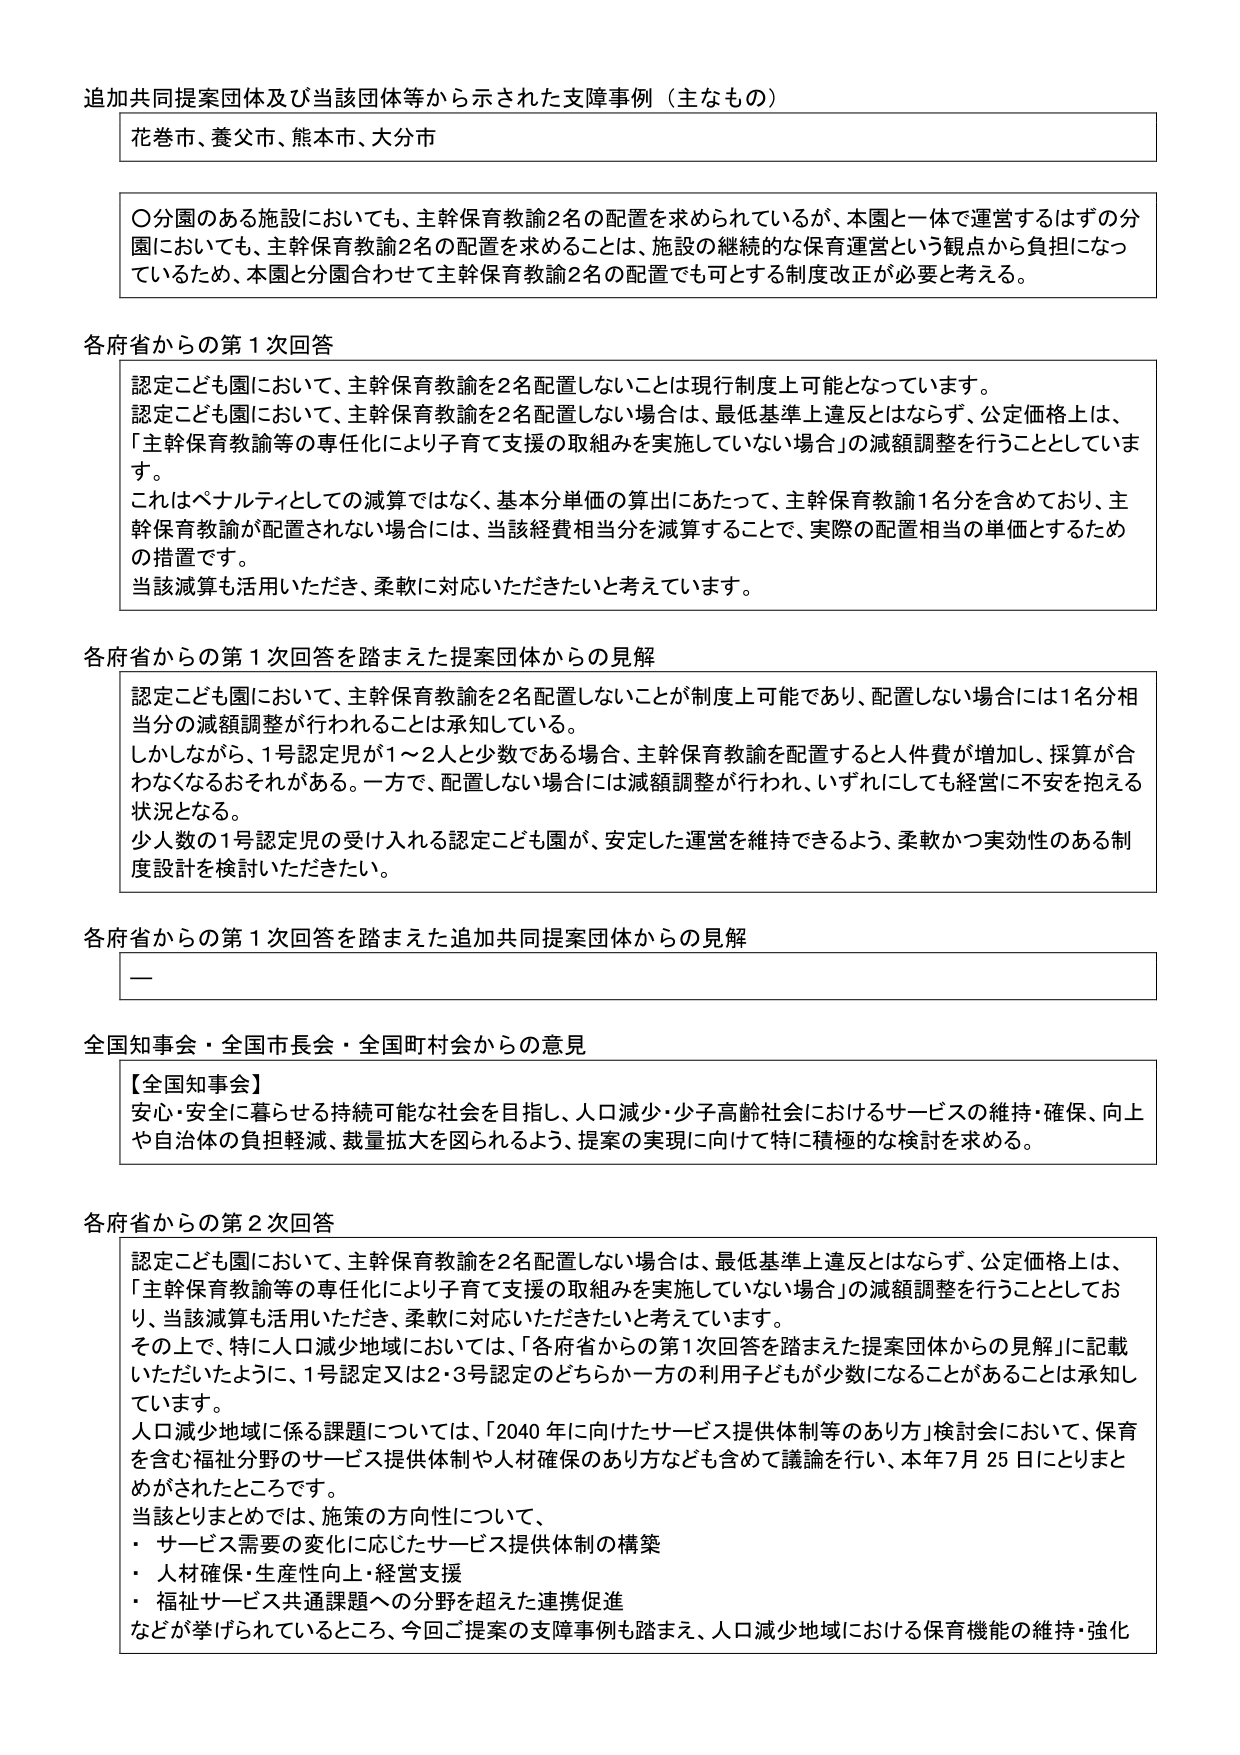
追加共同提案団体及び当該団体等から示された支障事例（主なもの）

花巻市、養父市、熊本市、大分市

○分園のある施設においても、主幹保育教諭2名の配置を求められているが、本園と一体で運営するはずの分園においても、主幹保育教諭2名の配置を求めることは、施設の継続的な保育運営という観点から負担になっているため、本園と分園合わせて主幹保育教諭2名の配置でも可とする制度改正が必要と考える。

各府省からの第1次回答

認定こども園において、主幹保育教諭を2名配置しないことは現行制度上可能となっています。
認定こども園において、主幹保育教諭を2名配置しない場合は、最低基準上違反とはならず、公定価格上は、「主幹保育教諭等の専任化により子育て支援の取組みを実施していない場合」の減額調整を行うこととしています。
これはペナルティとしての減算ではなく、基本分単価の算出にあたって、主幹保育教諭1名分を含めており、主幹保育教諭が配置されない場合には、当該経費相当分を減算することで、実際の配置相当の単価とするための措置です。
当該減算も活用いただき、柔軟に対応いただきたいと考えています。

各府省からの第1次回答を踏まえた提案団体からの見解

認定こども園において、主幹保育教諭を2名配置しないことが制度上可能であり、配置しない場合には1名分相当分の減額調整が行われることは承知している。
しかしながら、1号認定児が1～2人と少数である場合、主幹保育教諭を配置すると人件費が増加し、採算が合わなくなるおそれがある。一方で、配置しない場合には減額調整が行われ、いずれにしても経営に不安を抱える状況となる。
少人数の1号認定児の受け入れる認定こども園が、安定した運営を維持できるよう、柔軟かつ実効性のある制度設計を検討いただきたい。

各府省からの第1次回答を踏まえた追加共同提案団体からの見解

—

全国知事会・全国市長会・全国町村会からの意見

【全国知事会】
安心・安全に暮らせる持続可能な社会を目指し、人口減少・少子高齢社会におけるサービスの維持・確保、向上や自治体の負担軽減、裁量拡大を図られるよう、提案の実現に向けて特に積極的な検討を求める。

各府省からの第2次回答

認定こども園において、主幹保育教諭を2名配置しない場合は、最低基準上違反とはならず、公定価格上は、「主幹保育教諭等の専任化により子育て支援の取組みを実施していない場合」の減額調整を行うこととしており、当該減算も活用いただき、柔軟に対応いただきたいと考えています。
その上で、特に人口減少地域においては、「各府省からの第1次回答を踏まえた提案団体からの見解」に記載いただいたように、1号認定又は2・3号認定のどちらか一方の利用子どもが少数になることがあることは承知しています。
人口減少地域に係る課題については、「2040年に向けたサービス提供体制等のあり方」検討会において、保育を含む福祉分野のサービス提供体制や人材確保のあり方なども含めて議論を行い、本年7月25日にとりまとめがされたところです。
当該とりまとめでは、施策の方向性について、
・サービス需要の変化に応じたサービス提供体制の構築
・人材確保・生産性向上・経営支援
・福祉サービス共通課題への分野を超えた連携促進
などが挙げられているところ、今回ご提案の支障事例も踏まえ、人口減少地域における保育機能の維持・強化